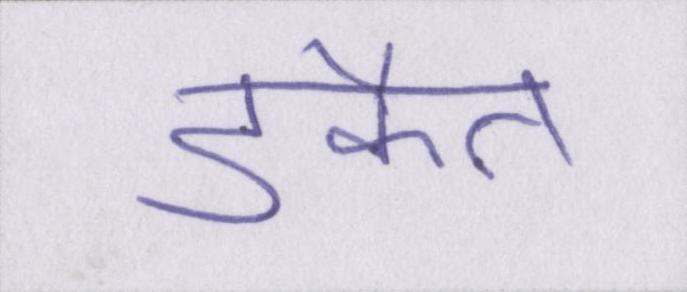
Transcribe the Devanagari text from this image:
डकैत